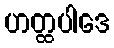
ဟတ္ထပါဒေ